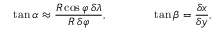
\tan \alpha \approx { \frac { R \cos \varphi \, \delta \lambda } { R \, \delta \varphi } } , \qquad \qquad \tan \beta = { \frac { \delta x } { \delta y } } ,